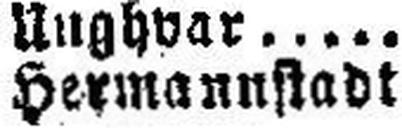
Hermannstadt